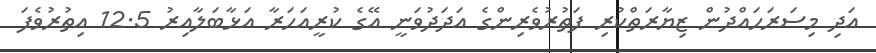
އަދި މިސަރަހައްދުން ޒިޔާރަތްކުރި ފަތުރުވެރިންގެ އަދަދުވަނީ އޭގެ ކުރީއަހަރާ އަޅާބަލާއިރު 12.5 އިތުރުވެފަ